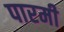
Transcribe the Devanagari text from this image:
पारमी